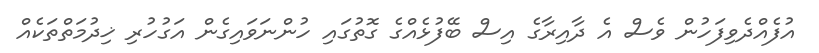
އުފެއްދެވިފަހުން ވެސް އެ ދާއިރާގެ އިސް ބޭފުޅެއްގެ ގޮތުގައި ހުންނަވައިގެން އަގުހުރި ޚިދުމަތްތަކެއް